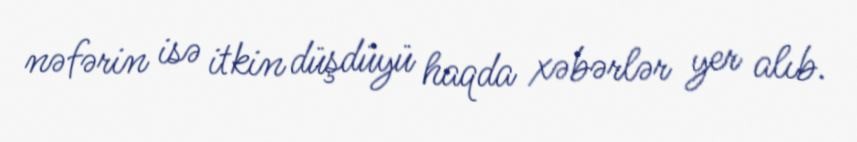
nəfərin isə itkin düşdüyü haqda xəbərlər yer alıb.